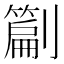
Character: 𭄙